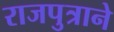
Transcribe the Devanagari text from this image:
राजपुत्राने